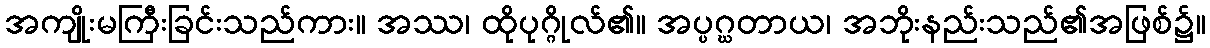
အကျိုးမကြီးခြင်းသည်ကား။ အဿ၊ ထိုပုဂ္ဂိုလ်၏။ အပ္ပဂ္ဃတာယ၊ အဘိုးနည်းသည်၏အဖြစ်၌။